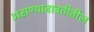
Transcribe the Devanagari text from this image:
असण्याबाबतीतील